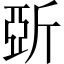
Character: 𣂪